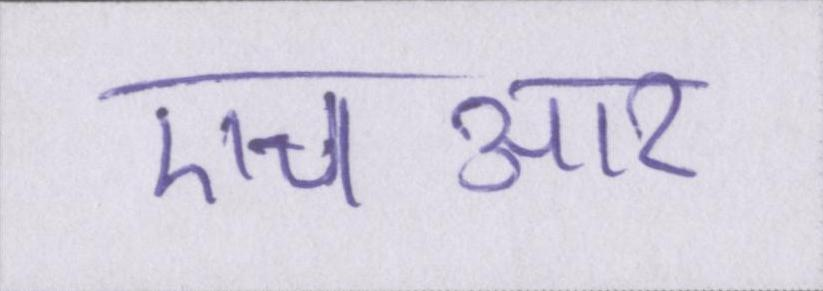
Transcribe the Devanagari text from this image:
एचआर